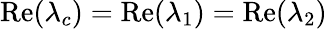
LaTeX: \mathrm{Re}(\lambda_{c})=\mathrm{Re}(\lambda_{1})=\mathrm{Re}(\lambda_{2})